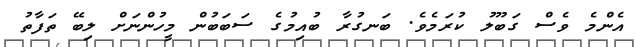
އެންމެ ވެސް ގަބޫލު ކުރަމެވެ. ބަނގުރާ ބުއިމުގެ ސަބަބުން މީހުންނަށް ލިބޭ ތަފާތު